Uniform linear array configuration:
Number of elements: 16
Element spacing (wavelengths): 0.25
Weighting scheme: hamming
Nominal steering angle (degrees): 45
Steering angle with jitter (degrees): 44.82
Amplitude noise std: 0.05
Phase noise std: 0.05

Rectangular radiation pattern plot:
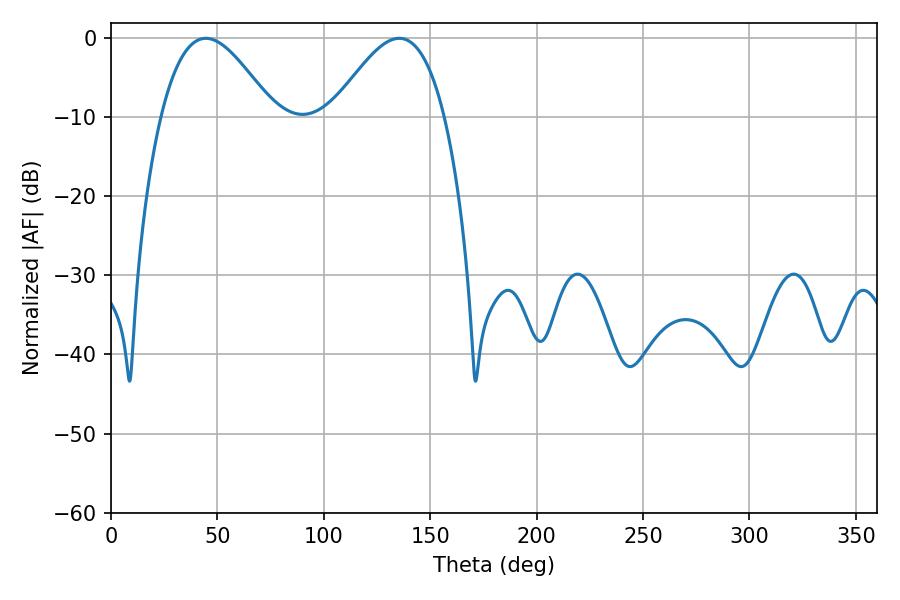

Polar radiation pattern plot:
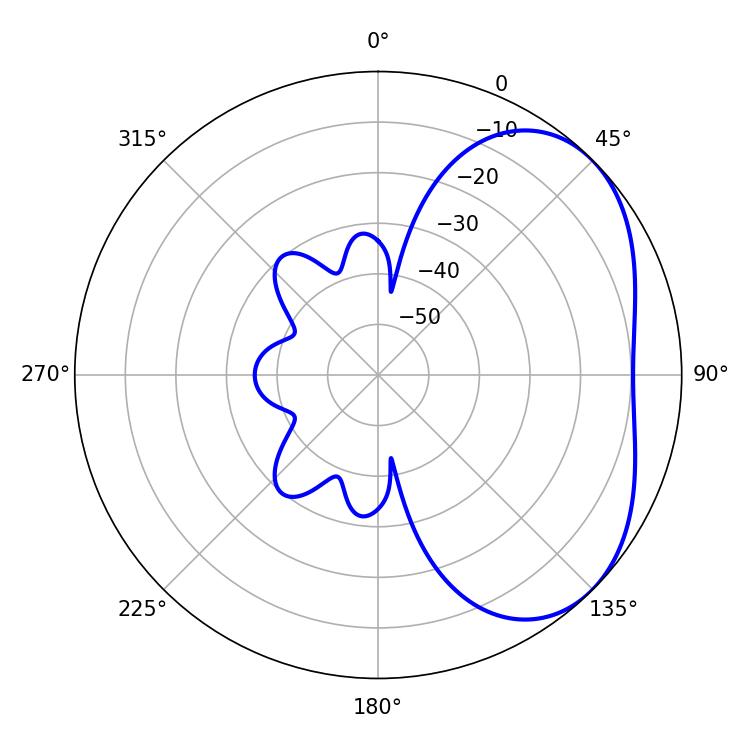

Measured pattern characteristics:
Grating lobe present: FALSE
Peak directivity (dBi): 3.831
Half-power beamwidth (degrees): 28.62
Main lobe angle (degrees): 44.64